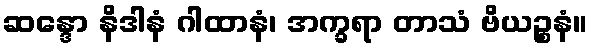
ဆန္ဒော နိဒါနံ ဂါထာနံ၊ အက္ခရာ တာသံ ဗိယဉ္စနံ။